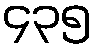
၄၃၅